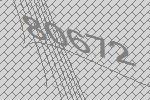
80672